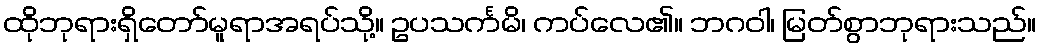
ထိုဘုရားရှိတော်မူရာအရပ်သို့။ ဥပသင်္ကမိ၊ ကပ်လေ၏။ ဘဂဝါ၊ မြတ်စွာဘုရားသည်။